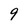
Character: 9